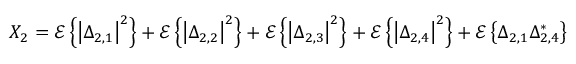
X _ { 2 } = \mathscr { E } \left\{ \left| \Delta _ { 2 , 1 } \right| ^ { 2 } \right\} + \mathscr { E } \left\{ \left| \Delta _ { 2 , 2 } \right| ^ { 2 } \right\} + \mathscr { E } \left\{ \left| \Delta _ { 2 , 3 } \right| ^ { 2 } \right\} + \mathscr { E } \left\{ \left| \Delta _ { 2 , 4 } \right| ^ { 2 } \right\} + \mathscr { E } \left\{ \Delta _ { 2 , 1 } \Delta _ { 2 , 4 } ^ { * } \right\}